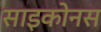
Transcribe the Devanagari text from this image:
साइकोनस